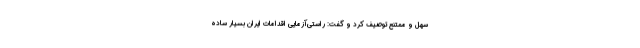
سهل و ممتنع توصیف کرد و گفت: راستی‌آزمایی اقدامات ایران بسیار ساده